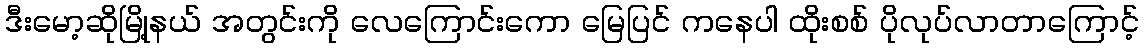
ဒီးမော့ဆိုမြို့နယ် အတွင်းကို လေကြောင်းကော မြေပြင် ကနေပါ ထိုးစစ် ပိုလုပ်လာတာကြောင့်